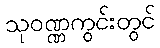
သုဝဏ္ဏကွင်းတွင်